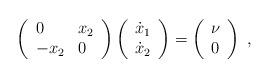
LaTeX: \begin{align*}\left(\begin{array}{ll}0 & x_{2} \\-x_{2} & 0\end{array}\right) \left(\begin{array}{l}\dot{x}_{1} \\\dot{x}_{2}\end{array}\right) =\left(\begin{array}{l}\nu \\0\end{array}\right) \;, \end{align*}